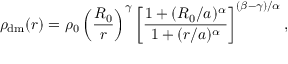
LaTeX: \rho _ { \mathrm { { d m } } } ( r ) = \rho _ { 0 } \left( \frac { R _ { 0 } } { r } \right) ^ { \gamma } \left[ \frac { 1 + ( R _ { 0 } / a ) ^ { \alpha } } { 1 + ( r / a ) ^ { \alpha } } \right] ^ { ( \beta - \gamma ) / \alpha } ,